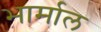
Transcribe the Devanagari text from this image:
भार्माल